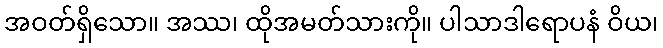
အဝတ်ရှိသော။ အဿ၊ ထိုအမတ်သားကို။ ပါသာဒါရောပနံ ဝိယ၊